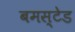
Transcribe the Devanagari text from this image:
बमस्टेड